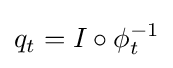
q_{t}=I\circ \phi _{t}^{-1}